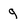
Character: g